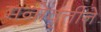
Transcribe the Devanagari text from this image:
मनोवृत्तीने